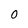
Character: 0